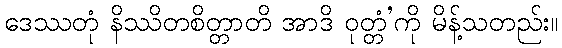
ဒေဿတုံ နိဿိတစိတ္တာတိ အာဒိ ဝုတ္တံ’ကို မိန့်သတည်း။